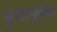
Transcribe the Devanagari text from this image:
घृणापूर्वक